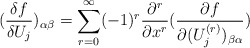
\begin{align*}(\frac{\delta f}{\delta U_j})_{\alpha \beta }=\sum_{r=0}^\infty(-1)^r\frac{\partial ^r}{\partial x^r}(\frac{\partial f}{\partial(U_j^{(r)})_{\beta \alpha }})\end{align*}